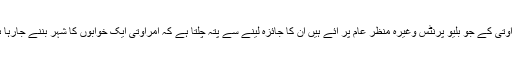
امراوتی کے جو بلیو پرنٹس وغیرہ منظر عام پر آئے ہیں ان کا جائزہ لینے سے پتہ چلتا ہے کہ امراوتی ایک خوابوں کا شہر بننے جارہا ہے۔